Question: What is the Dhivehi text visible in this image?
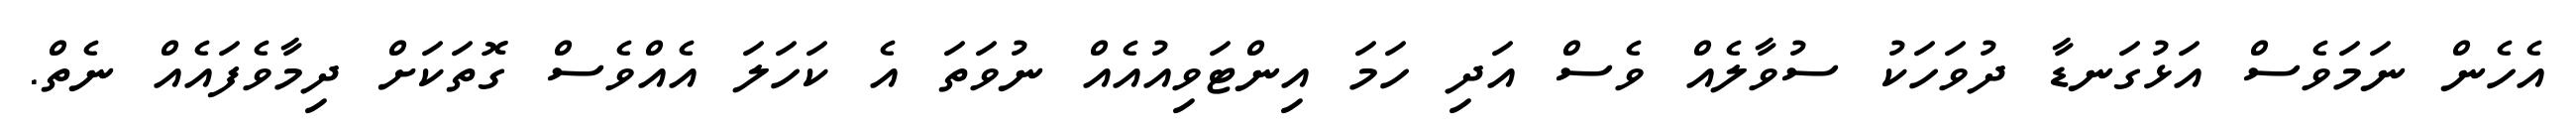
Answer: އެހެން ނަމަވެސް އަޅުގަނޑާ ދުވަހަކު ސުވާލެއް ވެސް އަދި ހަމަ އިންޓަވިއުއެއް ނުވަތަ އެ ކަހަލަ އެއްވެސް ގޮތަކަށް ދިމާވެފައެއް ނެތް.